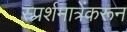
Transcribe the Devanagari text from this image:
स्प्रर्शमात्रेंकरून